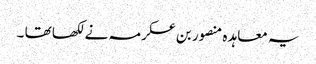
یہ معاہد ہ منصور بن عکرمہ نے لکھا تھا ۔